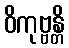
ဝိကုဗ္ဗန္တိ